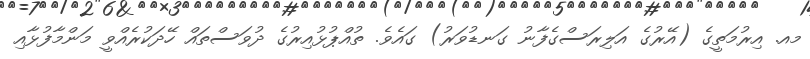
މއ. އިރުމަތީގެ (އޭރުގެ އަލިރަސްގެފާނު ގަނޑުވަރު) ގައެވެ. ތުއްޕުޅުއިރުގެ ދުވަސްތައް ހޭދަކުރެއްވީ މަންމާފުޅާއި